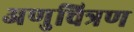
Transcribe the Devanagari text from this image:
अणुचित्रण